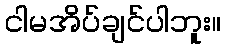
ငါမအိပ်ချင်ပါဘူး။